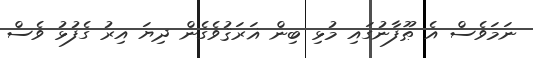
ނަމަވެސް އެ ޠޫފާނުގައި މުޅި ބިން ޣަރަޤުވެގެން ދިޔަ އިރު ގެފުޅު ވެސް